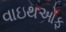
વાઇથઓફ